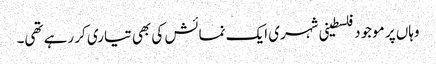
وہاں پر موجود فلسطینی شہری ایک نمائش کی بھی تیاری کر رہے تھی۔